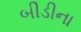
બીડીના